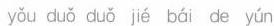
yǒu duǒ duǒ jié bái de yún